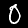
Label: 0